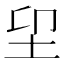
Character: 𡊂